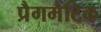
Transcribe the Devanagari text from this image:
प्रैगमैटिक